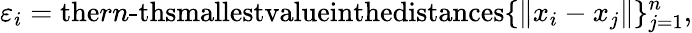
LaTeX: \varepsilon_{i}=\textrm{the}rn\textrm{-thsmallestvalueinthedistances}\{ \| x_{i}-x_{j}\| \} _{j=1}^{n},